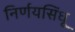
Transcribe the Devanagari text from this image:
निर्णयसिंधू